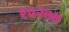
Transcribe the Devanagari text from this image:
९०२७७